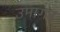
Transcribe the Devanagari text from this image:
उमागढ़